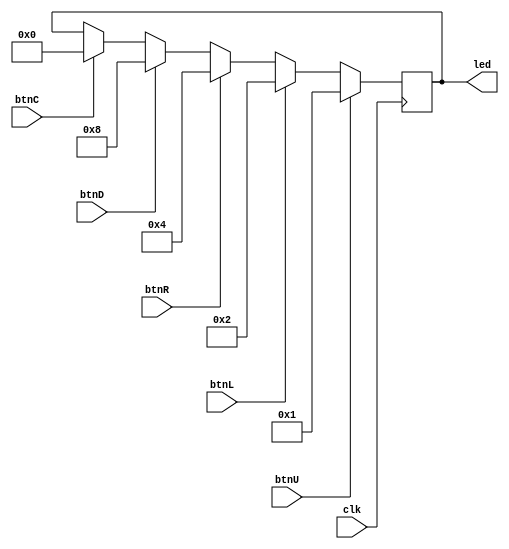
`timescale 1ns / 1ps
//////////////////////////////////////////////////////////////////////////////////
// Company: 
// Engineer: 
// 
// Design Name: 
// Module Name: Controller
// Project Name: 
// Target Devices: 
// Tool Versions: 
// Description: 
// 
// Dependencies: 
// 
// Revision:
// Revision 0.01 - File Created
// Additional Comments:
// 
//////////////////////////////////////////////////////////////////////////////////


module Controller(
    input btnU,
    input btnL,
    input btnR,
    input btnD,
    input btnC,
    input clk,
    output [3:0] led
    );
    
    reg[3:0] state;

    always @(posedge clk)
        begin
        if(btnU == 1) state <= 4'b0001;
        else if(btnL == 1) state <= 4'b0010;
        else if(btnR == 1) state <= 4'b0100;
        else if(btnD == 1) state <= 4'b1000;
        else if(btnC == 1) state <= 4'b0000;
        end
        
        assign led = state;
        
endmodule